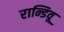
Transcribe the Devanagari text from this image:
रान्डिवू